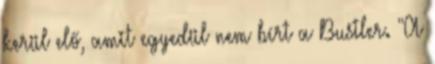
kerül elő, amit egyedül nem bírt a Bustler. "A